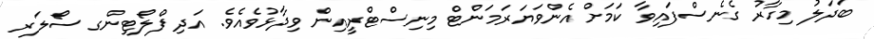
ބަދަލު މިހާރު ގެނެސްފައިވާ ކަމަށް އެންވަޔަރަމަންޓް މިނިސްޓްރީއިން ވިދާޅުވެއެވެ. އަދި ފްލޯޓިންގ ސޯލަރ